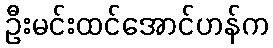
ဦးမင်းထင်အောင်ဟန်က